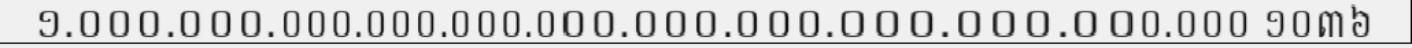
១.០០០.០០០.០០០.០០០.០០០.០០០.០០០.០០០.០០០.០០០.០០០.០០០ ១០៣៦